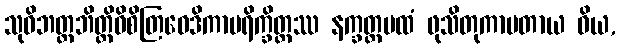
သုဝိဘတ္တဘိတ္တိဝိစိတြဝေဒိကာပရိက္ခိတ္တဿ နက္ခတ္တပထံ ဖုသိတုကာမတာယ ဝိယ,